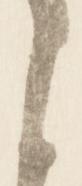
と